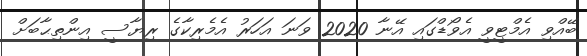
ބޭއްވި އެމްޓީވީ އެވޯޑްގައި އޭނާ 2020 ވަނަ އަހަރު އެމެރިކާގެ ރިޔާސީ އިންތިޙާބަށް